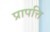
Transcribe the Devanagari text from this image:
प्रापत्ति